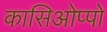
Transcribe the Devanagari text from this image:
कासिओप्पो